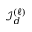
{ \mathcal { I } } _ { d } ^ { ( \ell ) }